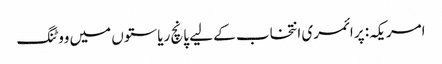
امریکہ: پرائمری انتخاب کے لیے پانچ ریاستوں میں ووٹنگ